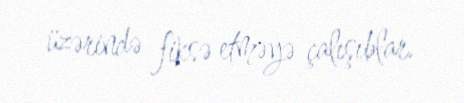
üzərində fiksə etməyə çalışıblar.